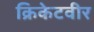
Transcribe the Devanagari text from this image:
क्रिकेटवीर